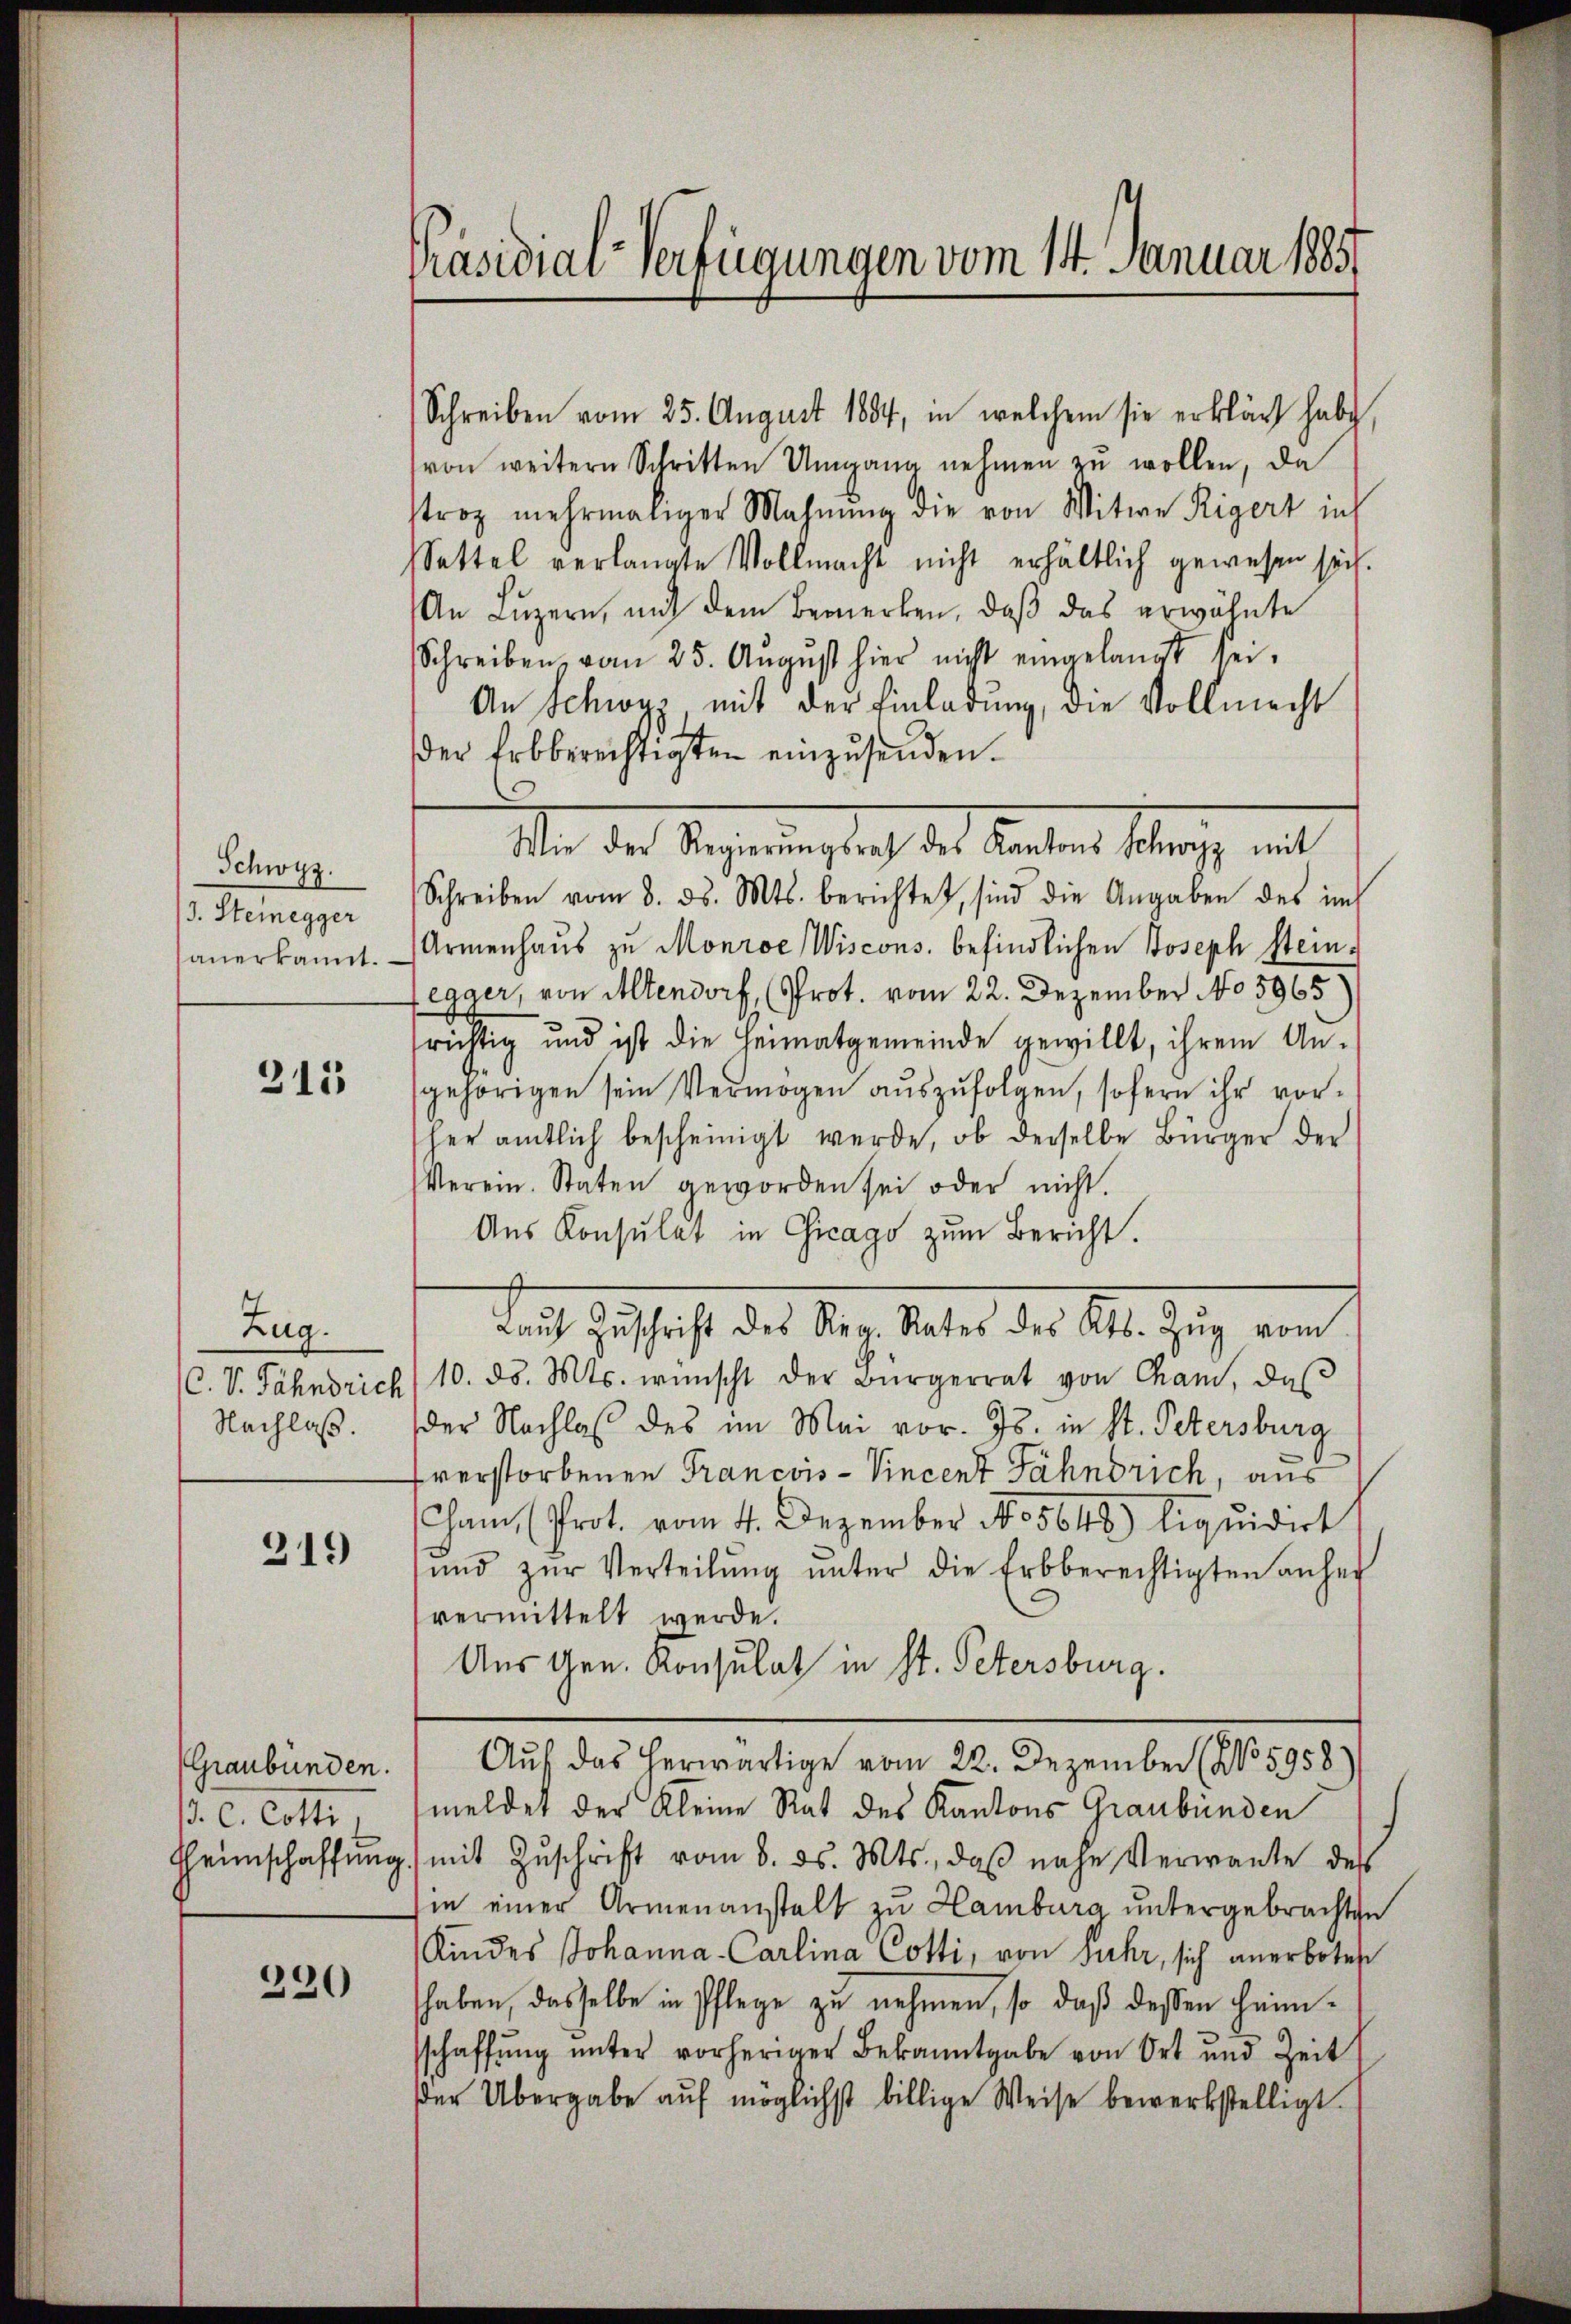
Schwyz.
J. Steinegger
anerkannt.

315

Zug.
C. V. Fahndrich
Nachlaß.

319

(Graubünden.
3. C. Cotti
Heimschaffung.

220

Präsidial-Verfügungen vom 14. Januar 1885

Schreiben vom 25. August 1884, in welchem sie erklärt habe
von weitern Schritten Umgang nehmen zu wollen, da
stroz mehrmaliger Mahnŭng die von Witwe Rigert inh
Settel verlangte Vollmacht nicht erhältlich gewesen sech.
An Lŭzern, und dem Bemerken, daβ das erwähnte
Schreiben vom 25. Aŭgŭst hier nicht eingelangt sei-
An Schwyz, mit der Einladung, die Vollmacht
der Erbberechtigten einzŭsenden.
Schreiben vom 8. ds. Mts. berichtet, sind die Angaben des im
Armenhaus zu Monroe Wiscons. befindlichen Joseph Steinegger, von Altendorf, (Prot. vom 22. Dezember No 5965
richtig und ist die Heimatgemeinde gewillt, ihrem An-
gehörigen sein Vermögen aŭszŭfolgen, sofern ihr vorher amtlich bescheinigt werde, ob derselbe Bürger der
Verein. Staten geworden sei oder nicht.
Aus Konsular in Chicago zum Bericht.
aŭf Zŭschrift des Reg. Rates des Kts. Zŭg vom
10. ds. Mts. wünscht der Bürgerrat von Cham, daβ
der Nachlaß des im Mai vor. Js. in St. Petersburg
fverstorbenen Francois-Vincent Jähndrich, aus
Cham (Prot. vom 4. Dezember No 5642) liquidirt
ŭnd zŭr Verteilŭng ŭnter die Erbberechtigten anhei
vermittelt werde.
Aus Gen. Konsulat in St. Petersburg.
Auf das herwärtige vom 22. Dezember (No 5958)
meldet der Kleine Rat des Kantons Graubünden
mit Zuschrift vom 8. ds. Mts., daß nahe Verwante des
in einer Armenanstalt zu Hamburg untergebrachten
Kindes Johanna-Carlina Cotti, von Fuhr, sich anerbotest
haben, dasselbe in Pflege zu nehmen, so daß dessen heimschaffŭng ŭnter vorheriger Bekanntgabe von Ort und Zeit
der Übergabe aŭf möglichst billige Weise bewerkstelligt.

Iten der Regierunglich der Karten belange mit